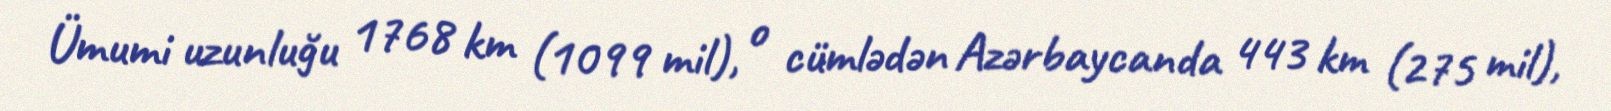
Ümumi uzunluğu 1768 km (1099 mil), o cümlədən Azərbaycanda 443 km (275 mil),